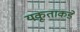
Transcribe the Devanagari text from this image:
यकृताकडे